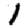
Digit: 1